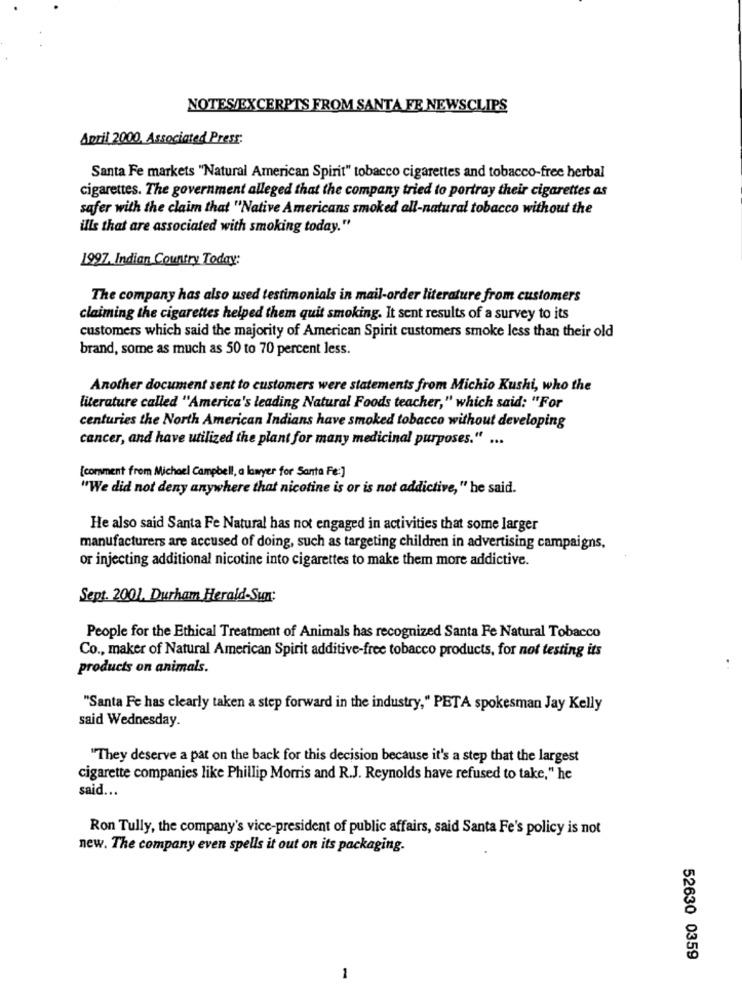
NOTES/EXCERPTS FROM SANTA FE NEWSCLIPS
April 2000, Associated Press:
Santa Fe markets "Natural American Spirit" tobacco cigarettes and tobacco-free herbal
cigarettes. The government alleged that the company tried to portray their cigarettes as
safer with the claim that "Native Americans smoked all-natural tobacco without the
ills that are associated with smoking today."
1997, Indian Country Today:
The company has also used testimonials in mail-order literature from customers
claiming the cigarettes helped them quit smoking. It sent results of a survey to its
customers which said the majority of American Spirit customers smoke less than their old
brand, some as much as 50 to 70 percent less.
Another document sent to customers were statements from Michio Kushi, who the
literature called "America's leading Natural Foods teacher," which said: "For
centuries the North American Indians have smoked tobacco without developing
cancer, and have utilized the plant for many medicinal purposes." ...
[comment from Michael Campbell, a lawyer for Santa Fe:]
"We did not deny anywhere that nicotine is or is not addictive, " he said.
He also said Santa Fe Natural has not engaged in activities that some larger
manufacturers are accused of doing, such as targeting children in advertising campaigns,
or injecting additional nicotine into cigarettes to make them more addictive.
Sept. 2001, Durham Herald-Sun:
People for the Ethical Treatment of Animals has recognized Santa Fe Natural Tobacco
Co ., maker of Natural American Spirit additive-free tobacco products, for not testing its
products on animals.
"Santa Fe has clearly taken a step forward in the industry," PETA spokesman Jay Kelly
said Wednesday.
"They deserve a pat on the back for this decision because it's a step that the largest
cigarette companies like Phillip Morris and R.J. Reynolds have refused to take," he
said ...
Ron Tully, the company's vice-president of public affairs, said Santa Fe's policy is not
new. The company even spells it out on its packaging.
52630 0359
1